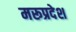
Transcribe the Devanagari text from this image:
मरूप्रदेश